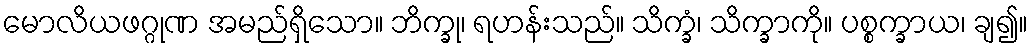
မောလိယဖဂ္ဂုဏ အမည်ရှိသော။ ဘိက္ခု၊ ရဟန်းသည်။ သိက္ခံ၊ သိက္ခာကို။ ပစ္စက္ခာယ၊ ချ၍။